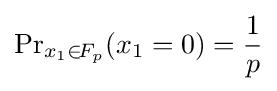
{\Pr }_{x_{1}\in \!{F_{p}}}(x_{1}=0)={\frac {1}{p}}